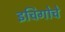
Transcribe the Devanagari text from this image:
इचिगोचे